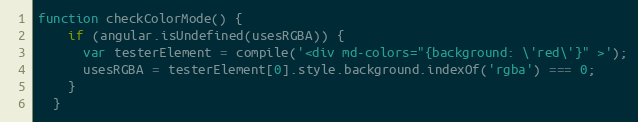
Language: JavaScript
function checkColorMode() {
    if (angular.isUndefined(usesRGBA)) {
      var testerElement = compile('<div md-colors="{background: \'red\'}" >');
      usesRGBA = testerElement[0].style.background.indexOf('rgba') === 0;
    }
  }